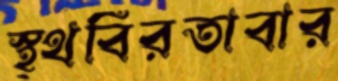
স্থ্থবিরতাবার